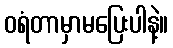
ဝရံတာမှာမပြေးပါနဲ့။